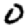
Digit: 0